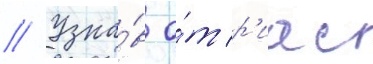
// Узна́в о́т р'иас